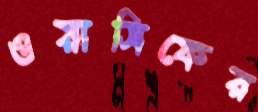
ওয়াসিফের